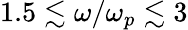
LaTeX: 1.5\lesssim\omega/\omega_{p}\lesssim 3